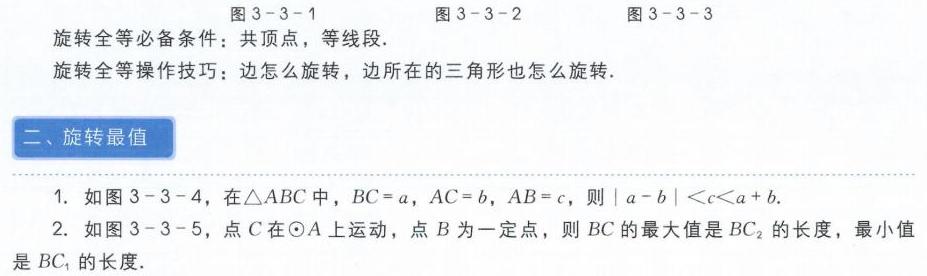
图3 - 3 - 1  图3 - 3 - 2  图3 - 3 - 3
旋转全等必备条件：共顶点，等线段.
旋转全等操作技巧：边怎么旋转，边所在的三角形也怎么旋转.
二、旋转最值
1. 如图3 - 3 - 4，在$\triangle ABC$中，$BC = a$，$AC = b$，$AB = c$，则$|a - b|\lt c\lt a + b$.
2. 如图3 - 3 - 5，点$C$在$\odot A$上运动，点$B$为一定点，则$BC$的最大值是$BC_{2}$的长度，最小值是$BC_{1}$的长度.